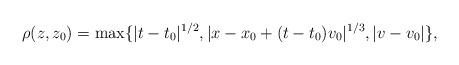
LaTeX: \begin{align*} \rho (z, z_0) = \max\{ |t-t_0|^{1/2}, |x - x_0 + (t - t_0) v_0|^{1/3}, |v-v_0|\},\end{align*}